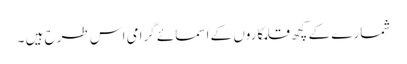
شمارے کے کچھ قلمکاروں کے اسمائے گرامی اس طرح ہیں ۔